Bombay plague: being a history of the progress of plague in the Bombay presidency from September 1896 to June 1899
Year: 1896
Disease focus: Plague
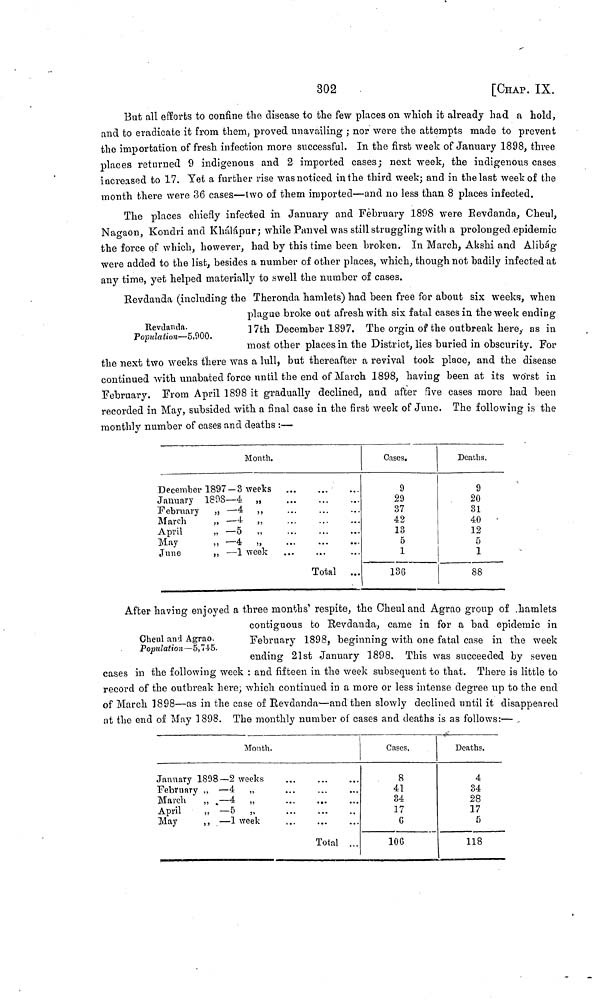
302
[CHAP. IX.
But all efforts to confine the disease to the few places on which it already had a hold,
and to eradicate it from them, proved unavailing ; nor were the attempts made to prevent
the importation of fresh infection more successful. In the first week of January 1898, three
places returned 9 indigenous and 2 imported cases; next week, the indigenous cases
increased to 17. Yet a further rise was noticed in the third week; and in the last week of the
month there were 36 cases—two of them imported—and no less than 8 places infected.
The places chiefly infected in January and February 1898 were Revdanda, Cheul,
Nagaon, Kondri and Khálápur; while Panvel was still struggling with a prolonged epidemic
the force of which, however, had by this time been broken. In March, Akshi and Alibág
were added to the list, besides a number of other places, which, though not badily infected at
any time, yet helped materially to swell the number of cases.
Revdanda.
Population—5,900.
Revdanda (including the Theronda hamlets) had been free for about six weeks, when
plague broke out afresh with six fatal cases in the week ending
]7th December 1897. The orgin of the outbreak here, as in
most other places in the District, lies buried in obscurity. For
the next two weeks there was a lull, but thereafter a revival took place, and the disease
continued with unabated force until the end of March 1898, having been at its worst in
February. From April 1898 it gradually declined, and after five cases more had been
recorded in May, subsided with a final case in the first week of June. The following is the
monthly number of cases and deaths :—
Month.
December 1897 - 3 weeks
January 1808—4 ,,
February ,, — 4 ,,
March
,,
— 4
,,
...
April , , — 5 ,,
May
,,
— 4 ,,
June
,,
— 1 week
Total ...
Cases.
9
29
37
42
13
5
1
136
Deaths.
9
20
31
40
•
12
5
1
88
Cheul and Agrao.
Population—5,745.
After having enjoyed a three months' respite, the Cheul and Agrao group of hamlets
contiguous to Revdanda, came in for a bad epidemic in
February 1898, beginning with one fatal case in the week
ending 21st January 1898. This was succeeded by seven
cases in the following week : and fifteen in the week subsequent to that. There is little to
record of the outbreak here; which continued in a more or less intense degree up to the end
of March 1898—as in the case of Revdanda—and then slowly declined until it disappeared
at the end of May 1898. The monthly number of cases and deaths is as follows:—
Month.
January 1898—2 weeks
February ,, — 4 ,,
...
March
„ . — 4 „
April
„ —5 „
May
,, — 1 week
Total ...
Cases,
8
41
34
17
6
106
Deaths.
4
34
28
17
5
118